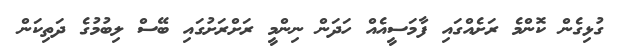
ގުޅިގެން ކޮންމެ ރަށެއްގައި ފާމަސީއެއް ހަދަން ނިންމީ ރަށްރަށުގައި ބޭސް ލިބުމުގެ ދަތިކަން